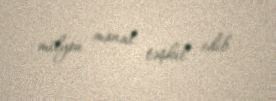
milyon manat təşkil edib.